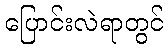
ပြောင်းလဲရာတွင်